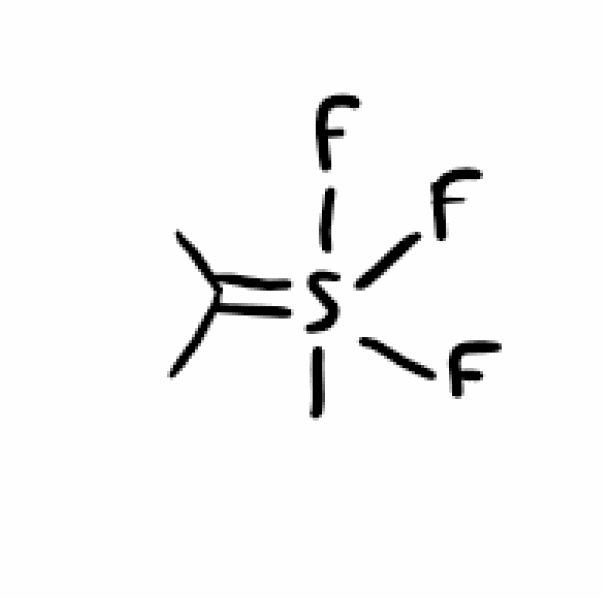
Simplified molecular-input line-entry system (SMILES) notation of the given molecule:
CC(=S(C)(F)(F)F)C